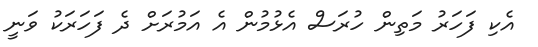
އެކި ފަހަރު މަތިން ހުރަސް އެޅުމުން އެ އަމުރަށް ދެ ފަހަރަކު ވަނީ